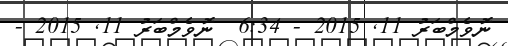
ނޮވެމްބަރު 11